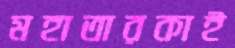
মহাতারকাই